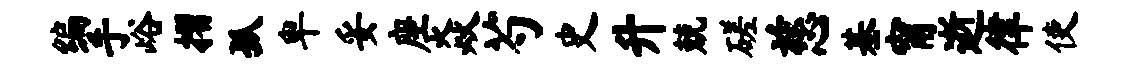
编手峪摺孤卑妥座焱芍史升兢磋慈基甯逝律使